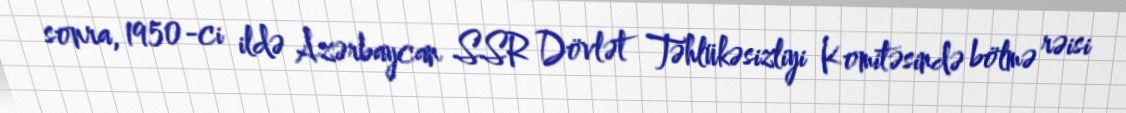
sonra, 1950-ci ildə Azərbaycan SSR Dövlət Təhlükəsizliyi Komitəsində bölmə rəisi